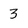
Character: 3